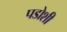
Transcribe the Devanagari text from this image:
पडोशी